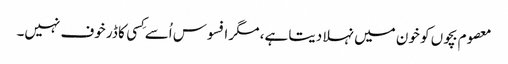
معصوم بچوں کو خون میں نہلا دیتا ہے، مگر افسوس اُسے کِسی کا ڈر خوف نہیں۔